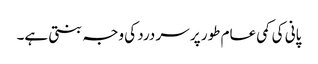
پانی کی کمی عام طور پر سر درد کی وجہ بنتی ہے۔